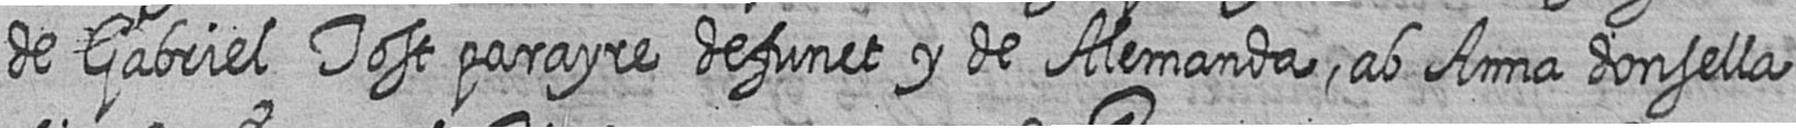
de Gabriel Tost parayre defunct y de Alemanda ab Anna donsella